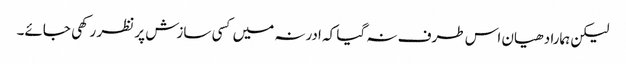
لیکن ہمارا دھیان اس طرف نہ گیا کہ ادرنہ میں کسی سازش پر نظر رکھی جائے۔